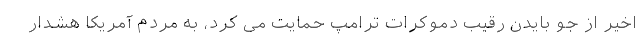
اخیر از جو بایدن رقیب دموکرات ترامپ حمایت می کرد، به مردم آمریکا هشدار